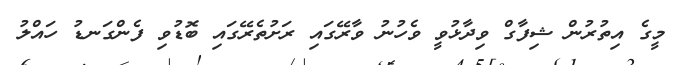
މީގެ އިތުރުން ޝިފާގް ވިދާޅުވީ ވެހުނު ވާރޭގައި ރަށުތެރޭގައި ބޮޑުވި ފެންގަނޑު ހައްލު